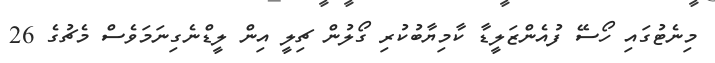
މިނެޓުގައި ހޯސޭ ފުއެންޒަލީޑާ ކާމިޔާބުކުރި ގޯލުން ޗިލީ އިން ލީޑްނެގިނަމަވެސް މެޗުގެ 26